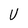
Character: U